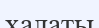
халаты